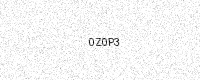
Text: 0Z0P3